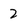
Character: 2